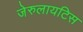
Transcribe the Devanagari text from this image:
जेरुलायटिस